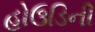
હોઉડિની